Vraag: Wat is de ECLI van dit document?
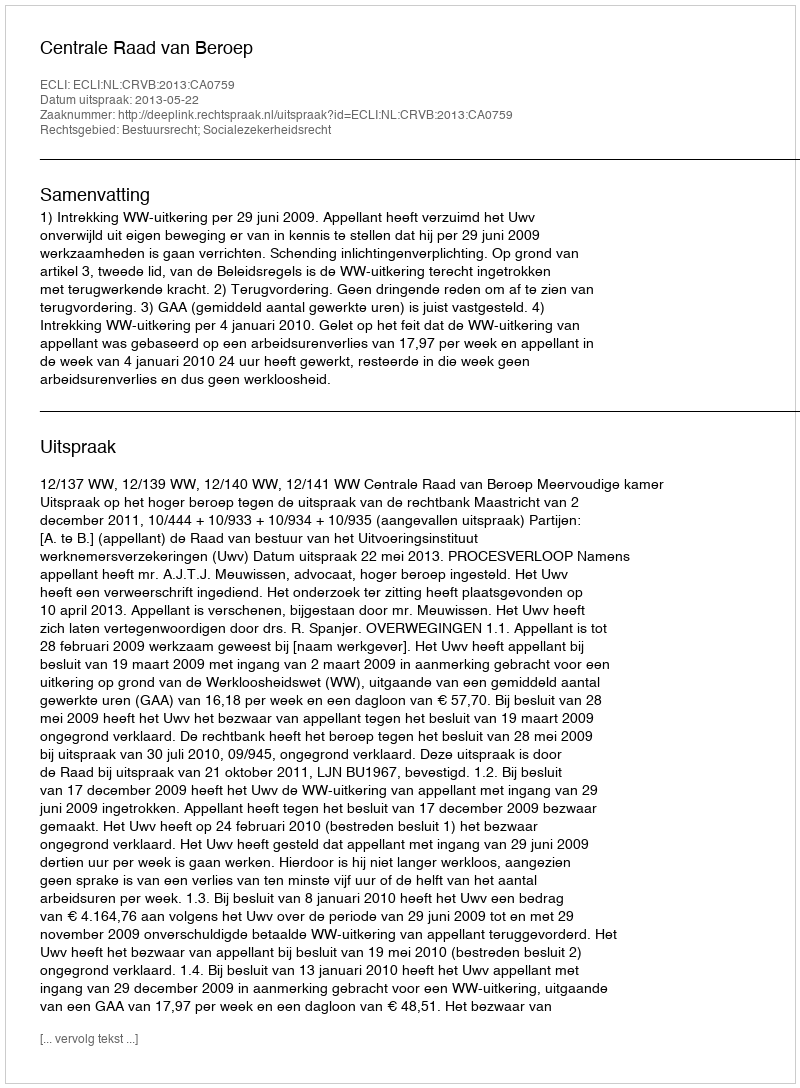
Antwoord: ECLI:NL:CRVB:2013:CA0759